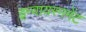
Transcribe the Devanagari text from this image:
इन्वायरनमेंट